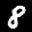
Label: 8